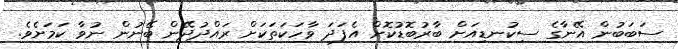
ސަބަބުން އޭނާގެ ސިކުނޑިއަށް ބާރުބޮޑުކޮށް އެފަދަ ވާހަކަތަކަށް ރައްދުދޭން ބޭނުން ނުވާ ކަމަށެވެ.